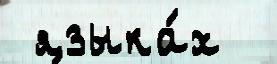
 языка́х